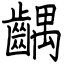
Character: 齵